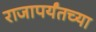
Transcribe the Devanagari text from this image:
राजापर्यंतच्या